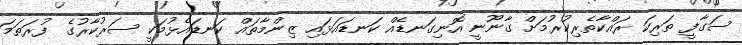
ސަގާފީ ތަރިކަ ރައްކާތެރިކުރުމަށް ގާނޫނީ އޮނިގަނޑެއް ކަނޑައަޅައި ޒިންމާތައް ކަނޑައެޅުމަކީ ސަރުކާރުގެ ފުރަތަމަ